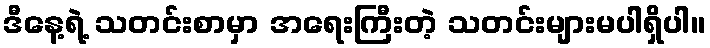
ဒီနေ့ရဲ့ သတင်းစာမှာ အရေးကြီးတဲ့ သတင်းများမပါရှိပါ။